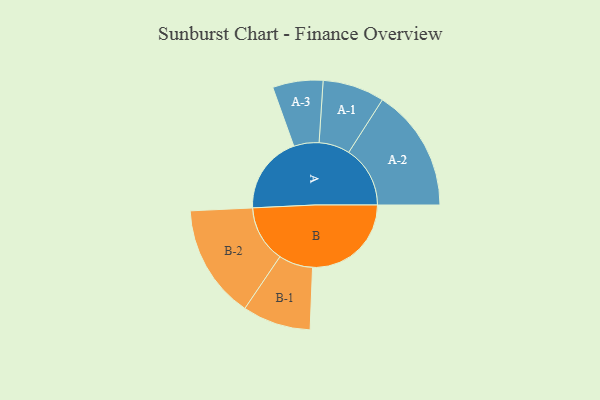
{"axis": {"x": "Segment", "y": "Value"}, "legend": ["", "A", "B"], "data": [{"x": "A", "y": 366, "type": ""}, {"x": "B", "y": 463, "type": ""}, {"x": "A-1", "y": 145, "type": "A"}, {"x": "A-2", "y": 288, "type": "A"}, {"x": "A-3", "y": 118, "type": "A"}, {"x": "B-1", "y": 160, "type": "B"}, {"x": "B-2", "y": 267, "type": "B"}]}